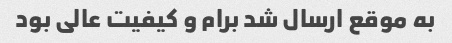
به موقع ارسال شد برام و کیفیت عالی بود